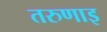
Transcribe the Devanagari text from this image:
तरुणाइ